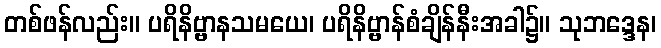
တစ်ဖန်လည်း။ ပရိနိဗ္ဗာနသမယေ၊ ပရိနိဗ္ဗာန်စံချိန်နီးအခါ၌။ သုဘဒ္ဒေန၊